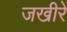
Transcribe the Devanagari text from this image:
जखीरें